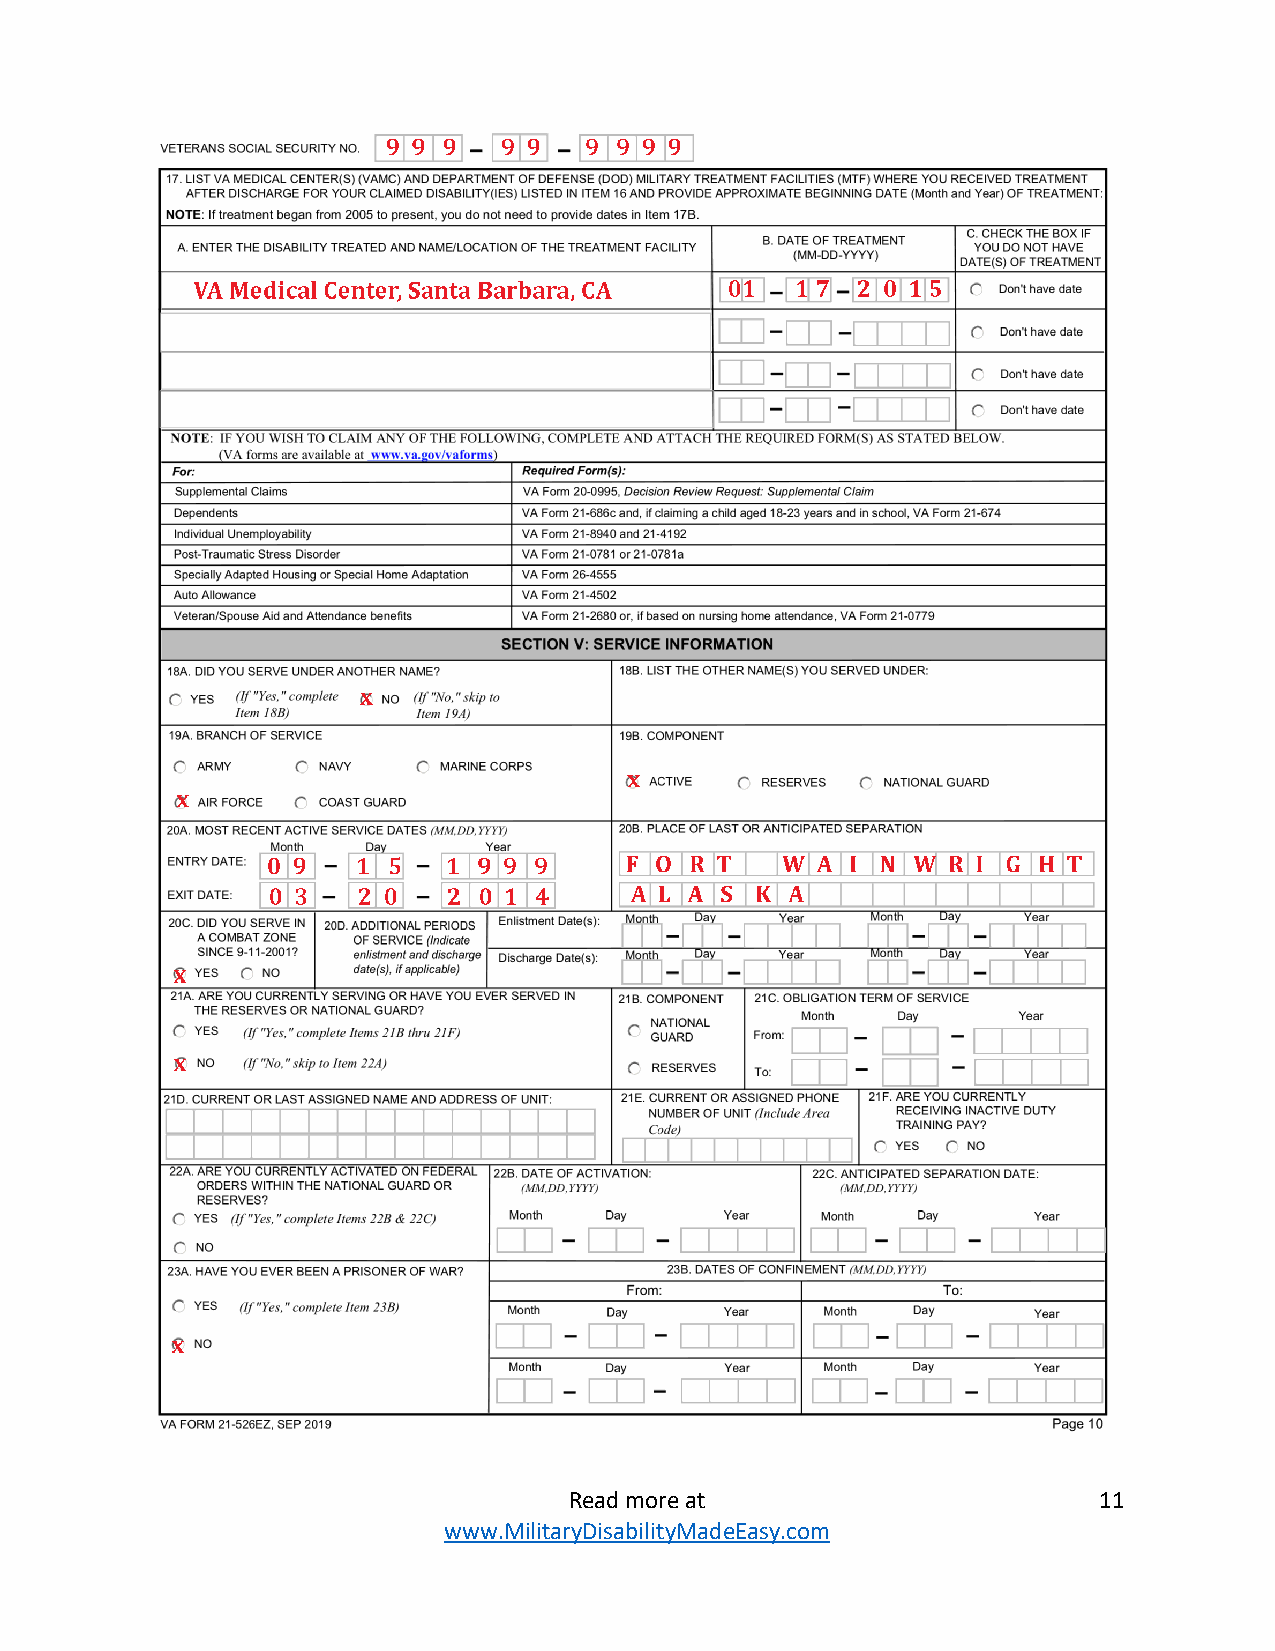
Read more at                       11
 www.MilitaryDisabilityMadeEasy.com